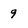
Character: 9